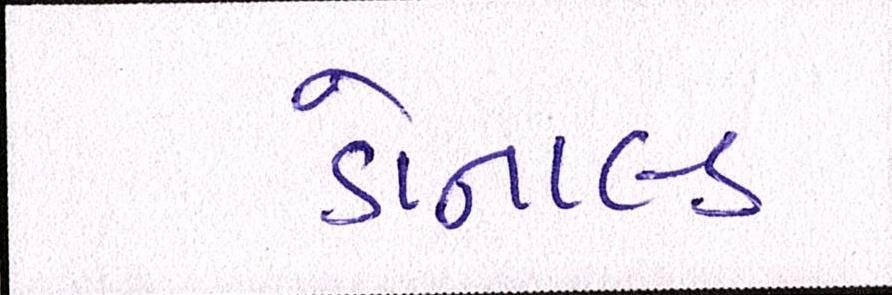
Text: ડોનાલ્ડ